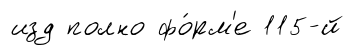
изд полно фо́рм'е 115-й